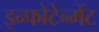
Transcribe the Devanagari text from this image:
इन्फोटेन्मेंट